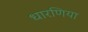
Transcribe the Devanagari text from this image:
धारणिया